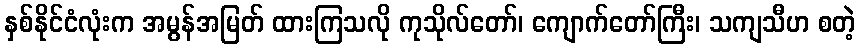
နှစ်နိုင်ငံလုံးက အမွန်အမြတ် ထားကြသလို ကုသိုလ်တော်၊ ကျောက်တော်ကြီး၊ သကျသီဟ စတဲ့